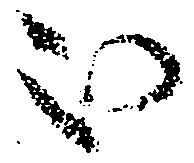
被